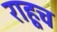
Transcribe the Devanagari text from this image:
राहूच